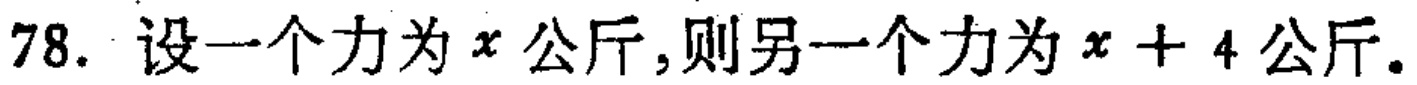
78. 设一个力为\(x\)公斤,则另一个力为\(x + 4\)公斤.